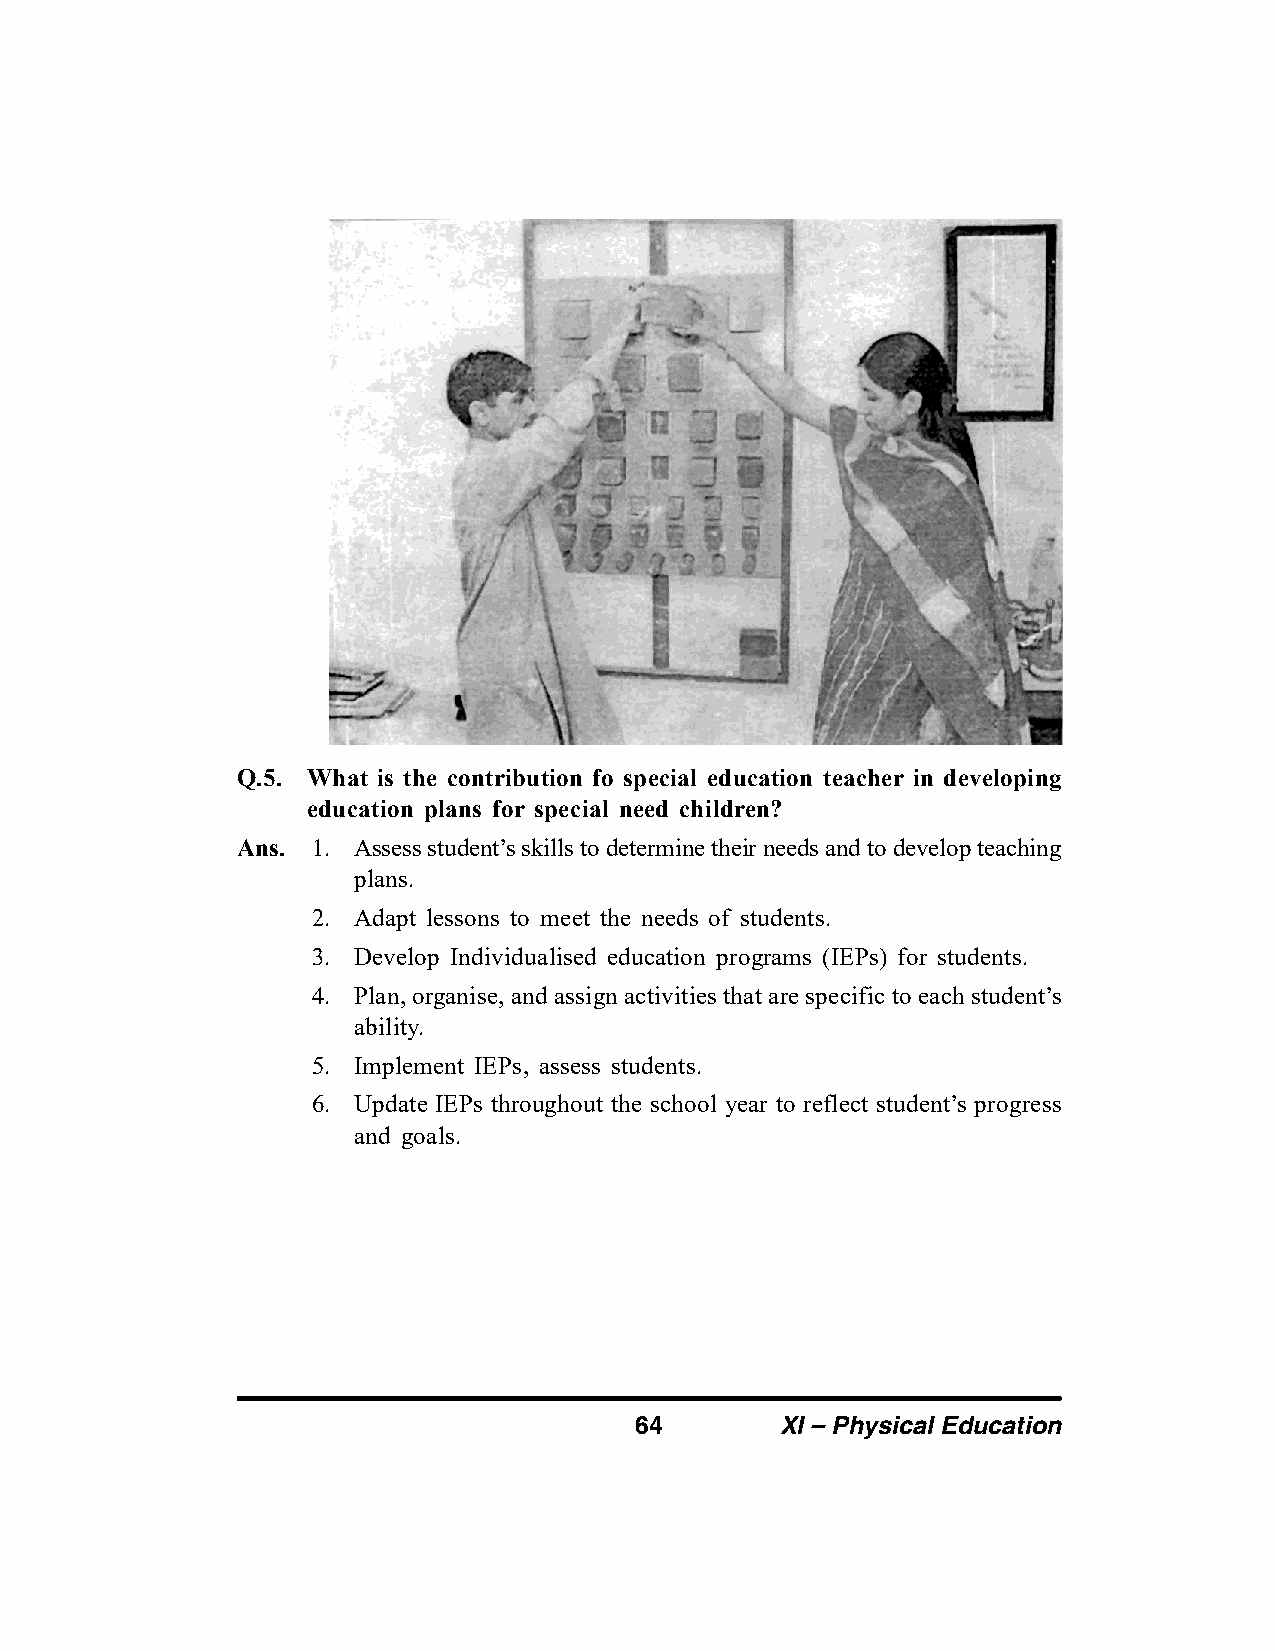
Q.5. What is the contribution fo special education teacher in developing
 education plans for special need children?
 Ans. 1. Assess student’s skills to determine their needs and to develop teaching
 plans.
 2. Adapt lessons to meet the needs of students.
 3. Develop Individualised education programs (IEPs) for students.
 4. Plan, organise, and assign activities that are specific to each student’s
 ability.
 5. Implement IEPs, assess students.
 6. Update IEPs throughout the school year to reflect student’s progress
 and goals.
 64        XI – Physical Education